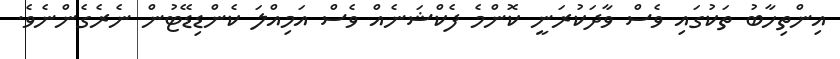
އިންތިހާބު ތަކުގައި ވެސް ވާދަކުރަނީ ކޮންމެ ފެކްޝަނެއް ވެސް އަމިއްލަ ކެންޑިޑޭޓުން ނެރެގެންނެވެ.